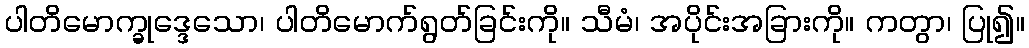
ပါတိမောက္ခုဒ္ဒေသော၊ ပါတိမောက်ရွတ်ခြင်းကို။ သီမံ၊ အပိုင်းအခြားကို။ ကတွာ၊ ပြု၍။